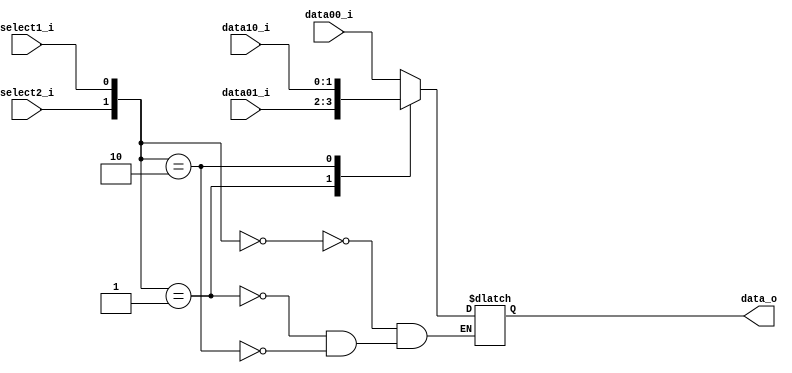
//Subject:     CO project 3 - MUX 221
//--------------------------------------------------------------------------------
//Version:     1
//--------------------------------------------------------------------------------
//Writer:      Luke
//----------------------------------------------
//----------------------------------------------
//Description: 
//--------------------------------------------------------------------------------
     
module MUX_3to1(
               data00_i,
               data01_i,
               data10_i,
               select1_i,
               select2_i,
               data_o
               );

parameter size = 0;			   
			
//I/O ports               
input   [size-1:0] data00_i;          
input   [size-1:0] data01_i;
input   [size-1:0] data10_i;
input              select1_i;
input              select2_i;
output  [size-1:0] data_o; 

//Internal Signals
reg     [size-1:0] data_o;

//Main function

always @(*) begin
    case({select2_i, select1_i})
        2'b00: data_o <= data00_i;
        2'b01: data_o <= data01_i;
        2'b10: data_o <= data10_i;
    endcase

end

endmodule